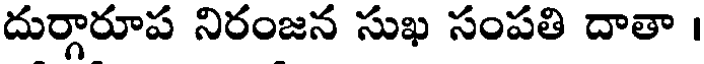
దుర్గారూప నిరంజన సుఖ సంపతి దాతా ।